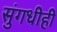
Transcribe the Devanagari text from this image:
सुंगधीही